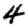
Digit: 4